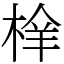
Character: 㮆